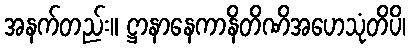
အနက်တည်း။ ဋ္ဌာနာနေကာနိတိဏိအဟေသုံတိပိ၊